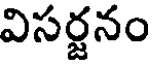
విసర్జనం